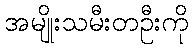
အမျိုးသမီးတဦးကို